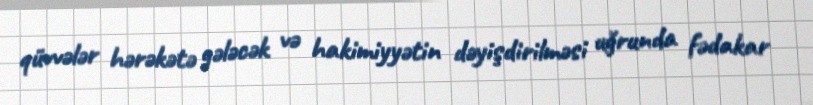
qüvvələr hərəkətə gələcək və hakimiyyətin dəyişdirilməsi uğrunda fədakar